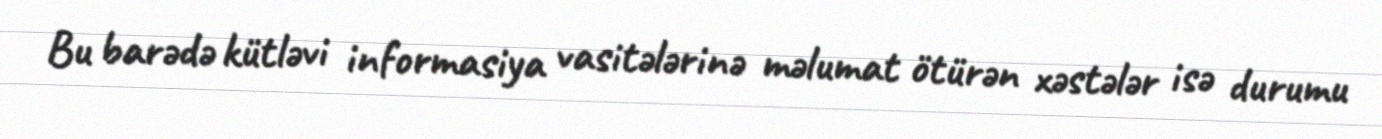
Bu barədə kütləvi informasiya vasitələrinə məlumat ötürən xəstələr isə durumu